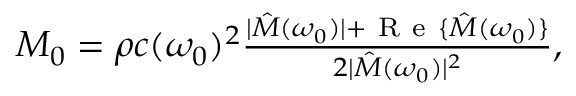
\begin{array} { r } { M _ { 0 } = \rho c ( \omega _ { 0 } ) ^ { 2 } \frac { | \hat { M } ( \omega _ { 0 } ) | + \mathrm { ~ R ~ e ~ } \{ \hat { M } ( \omega _ { 0 } ) \} } { 2 | \hat { M } ( \omega _ { 0 } ) | ^ { 2 } } , } \end{array}